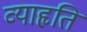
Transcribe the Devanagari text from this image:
व्याहृति